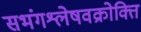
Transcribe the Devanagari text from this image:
सभंगश्लेषवक्रोक्ति